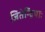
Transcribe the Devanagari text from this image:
जितेन्द्रियाः